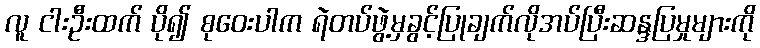
လူ ငါးဦးထက် ပို၍ စုဝေးပါက ရဲတပ်ဖွဲ့မှခွင့်ပြုချက်လိုအပ်ပြီးဆန္ဒပြမှုများကို